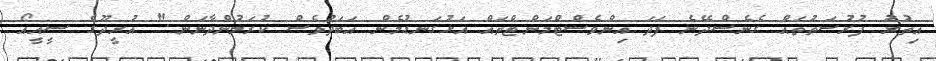
އިތުރު ފުރުސަތުތައް ގެނެސްދޭނެ ފަދަ އިންވެސްޓްމަންޓްތައް އަޅުގަނޑުމެން އަބަދުވެސް ކުރަމުންދާނަން." އުރީދޫގެ ސީއީއޯ